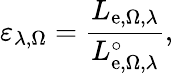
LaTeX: \varepsilon_{\lambda,\Omega}={\frac{L_{\mathrm{e},\Omega,\lambda}}{L_{\mathrm{e},\Omega,\lambda}^{\circ}}},